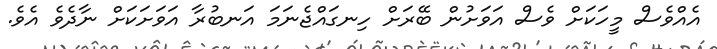
އެއްވެސް މީހަކަށް ވެސް އަވަށުން ބޭރަށް ހިނގައްޖެނަމަ އަނބުރާ އަވަށަކަށް ނާދެވެ އެވެ.